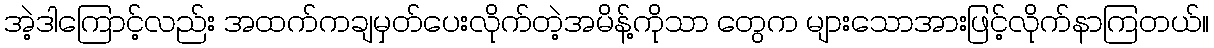
အဲ့ဒါကြောင့်လည်း အထက်ကချမှတ်ပေးလိုက်တဲ့အမိန့်ကိုသာ တွေက များသောအားဖြင့်လိုက်နာကြတယ်။